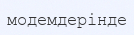
модемдерінде